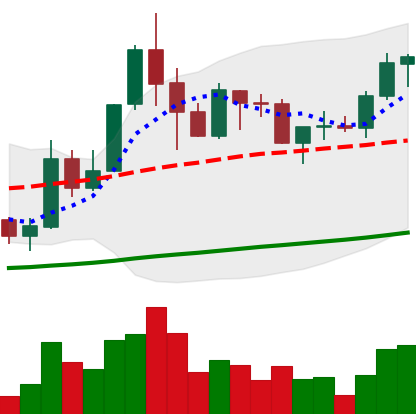
Ticker: ADA-USD
Chart end date: 2019-05-28
Forward return: 4.054%
Label: up_3_5